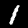
Label: 1